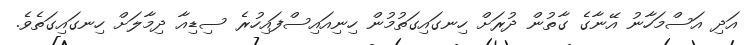
އަދި އަސްމަހާނު އޭނާގެ ގާތުން ދުރަށް ހިނގައިގަތުމުން ހިނިއައިސްފައިހުރެ ސިޑިއާ ދިމާލަށް ހިނގައިގަތެވެ.